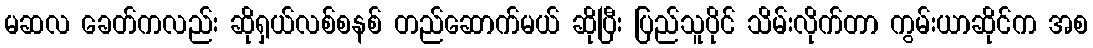
မဆလ ခေတ်ကလည်း ဆိုရှယ်လစ်စနစ် တည်ဆောက်မယ် ဆိုပြီး ပြည်သူပိုင် သိမ်းလိုက်တာ ကွမ်းယာဆိုင်က အစ